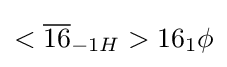
<{\overline {16}}_{-1H}>16_{1}\phi